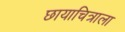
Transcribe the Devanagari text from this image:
छायाचित्राला